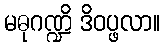
မဓုဂဏ္ဍိ ဒိဝပ္ဖလာ။